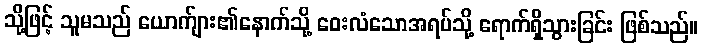
သို့ဖြင့် သူမသည် ယောက်ျား၏နောက်သို့ ဝေးလံသောအရပ်သို့ ရောက်ရှိသွားခြင်း ဖြစ်သည်။